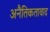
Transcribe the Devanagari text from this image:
अनैतिकतावाद